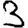
Digit: 3